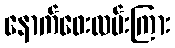
နောက်ဖေးလမ်းကြား